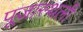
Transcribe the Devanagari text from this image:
पूजास्थली